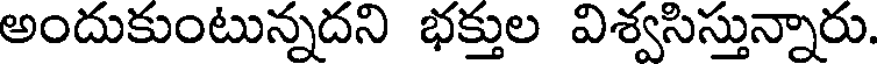
అందుకుంటున్నదని భక్తుల విశ్వసిస్తున్నారు.